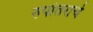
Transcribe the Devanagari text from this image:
रुपांतराचे